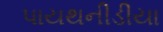
પાયથનીડીયા